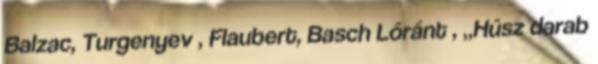
Balzac, Turgenyev , Flaubert, Basch Lóránt , „Húsz darab